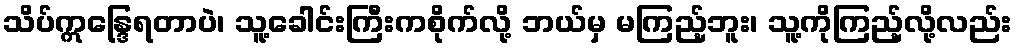
သိပ်ဣန္ဒြေရတာပဲ၊ သူ့ခေါင်းကြီးကစိုက်လို့ ဘယ်မှ မကြည့်ဘူး၊ သူ့ကိုကြည့်လို့လည်း